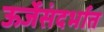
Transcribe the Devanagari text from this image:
ऊर्जेसंदर्भात